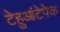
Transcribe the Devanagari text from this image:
टेहुआंटेपेक